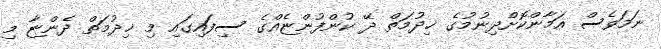
ނަމަވެސް އަމާންކޮށްދިނުމުގެ ޚިދުމަތް ދޭ ކުންފުންޏެއްގެ ސިފައިގައި މި ޚިދުމަތް ދެންޏާ މި